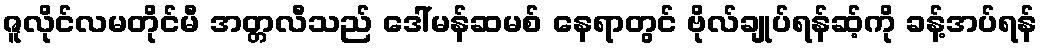
ဇူလိုင်လမတိုင်မီ အတ္တလီသည် ဒေါ်မန်ဆမစ် နေရာတွင် ဗိုလ်ချုပ်ရန်ဆ့်ကို ခန့်အပ်ရန်